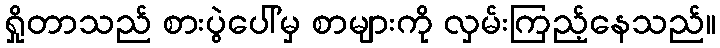
ရှိုတာသည် စားပွဲပေါ်မှ စာများကို လှမ်းကြည့်နေသည်။